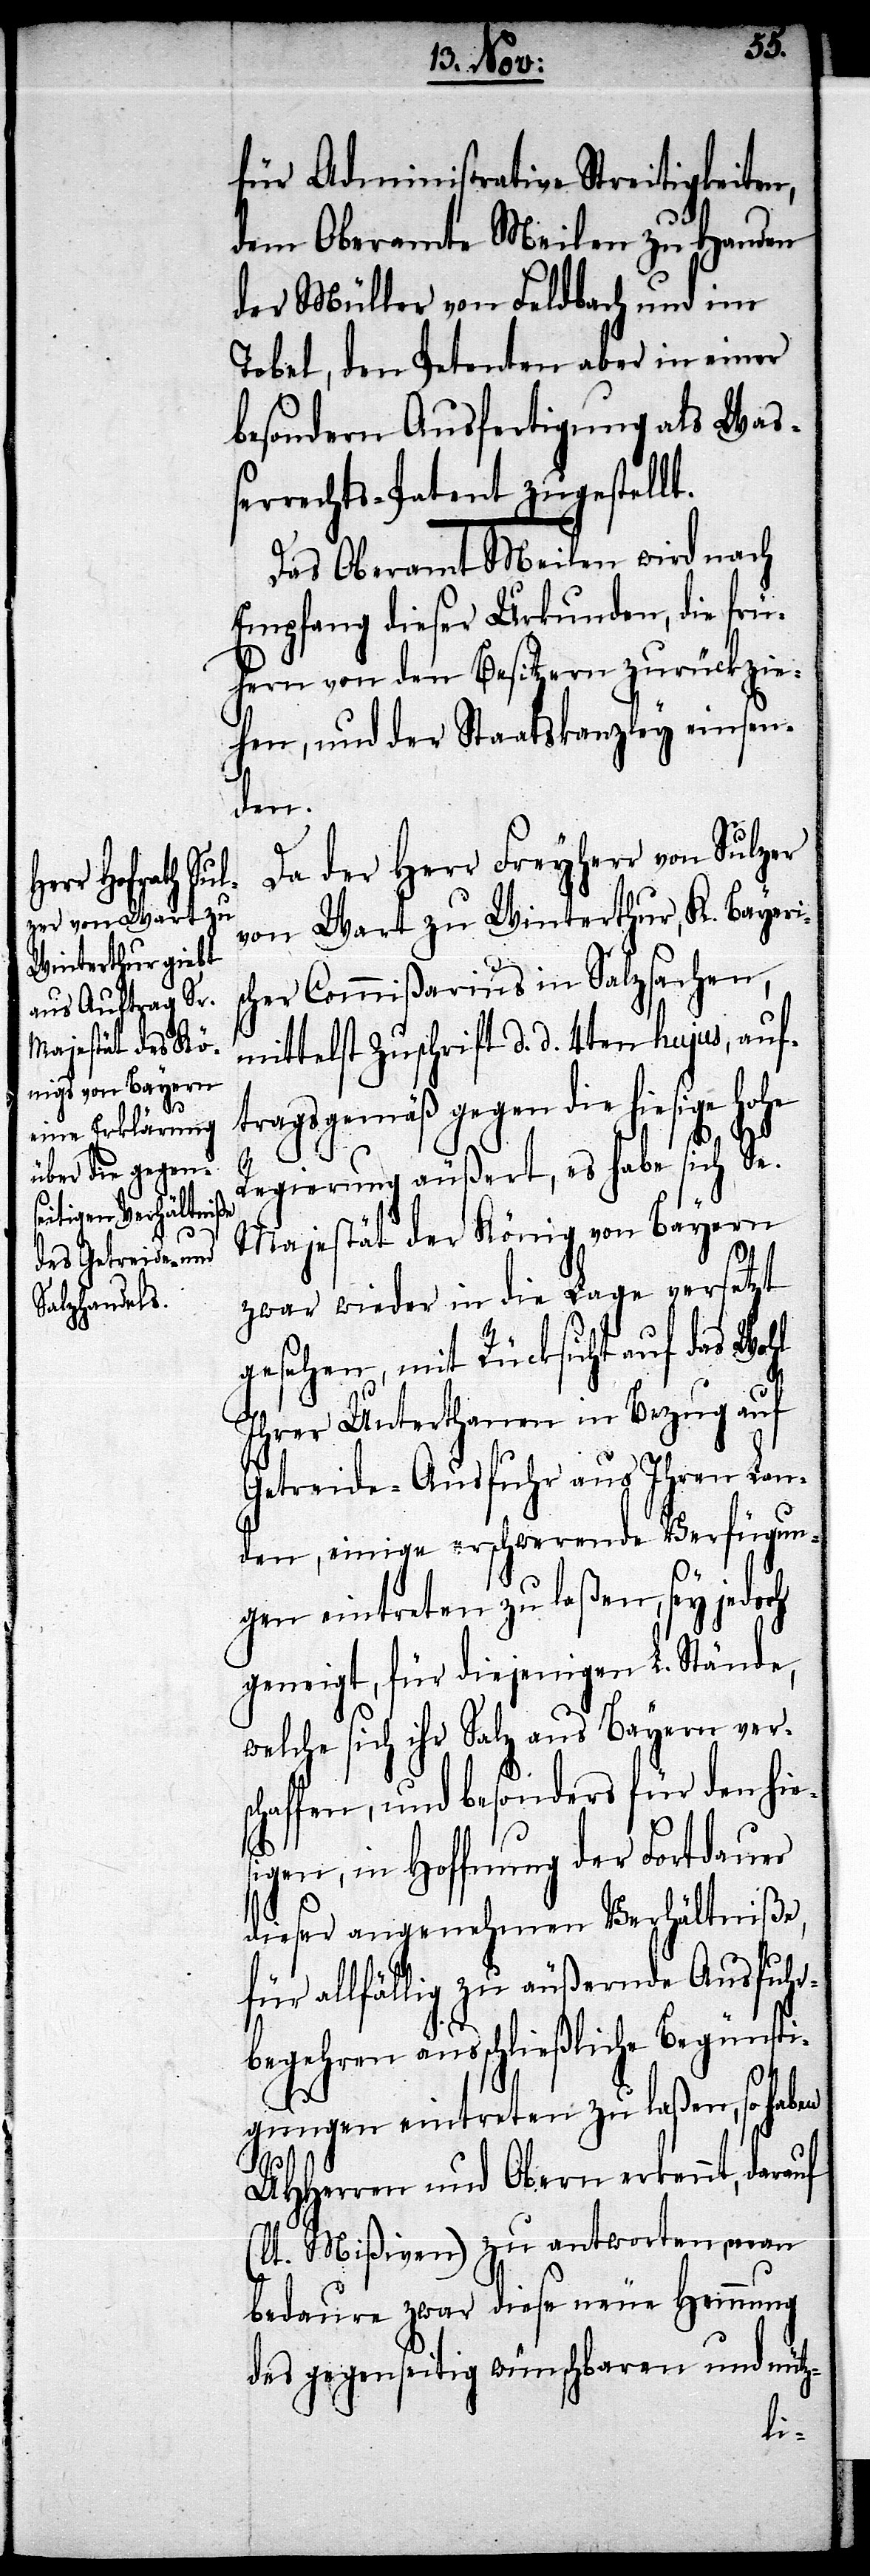
rauf (l¬

für Administrative Streitigkeiten,
dem Oberamte Meilen zu Handen
der Müller von Feldbach und im
Tobel, den Petenten aber in einer
besondern Ausfertigung als Waß¬
errechts-Patent zugestellt.
Das Oberamt Meilen wird nach
Empfang dieser Urkunden, die frü¬
hern von den Besitzern zurückzie¬
hen, und der Staatskanzley einsen¬
den.
Da der Herr Freyherr von Sulzer
von Wart zu Winterthur, K. Bayeris¬
cher Commißarius in Salzsachen,
mittelst Zuschrift d. d. 4ten hujus, auf¬
tragsgemäß gegen die hiesige hohe
Regierung äußert, es habe sich Sn.
Majestät der König von Bayern
zwar wieder in die Lage versetzt
gesehen, mit Rücksicht auf das Wohl
Ihrer Unterthanen in Bezug auf
Getreide-Ausfuhr aus ihren Lan¬
den, einige erschwerende Verfügun¬
gen eintreten zu laßen, sey jedoch
geneigt, für diejenigen L. Stände,
welche sich ihr Salz aus Bayern vers¬
chaffen, und besonders für den hie¬
sigen, in Hoffnung der Fortdauer
dieser angenehmen Verhältniße,
für allfällig zu äußernde Ausfuhr¬
begehren ausschließliche Begünsti¬
gungen eintreten zu laßen, so haben
UHHerren und Obern erkennt, da¬
t. Mißiven) zu antworten, man
bedaure zwar diese neue Hemmung
des gegenseitig wünschbaren und nütz-